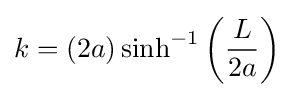
k=\left(2a\right)\sinh ^{-1}\left({\frac {L}{2a}}\right)